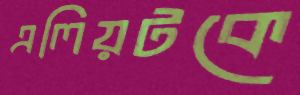
এলিয়টকে